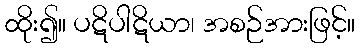
ထိုး၍။ ပဋိပါဋိယာ၊ အစဉ်အားဖြင့်။